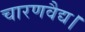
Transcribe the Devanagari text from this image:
चारणवैद्य।